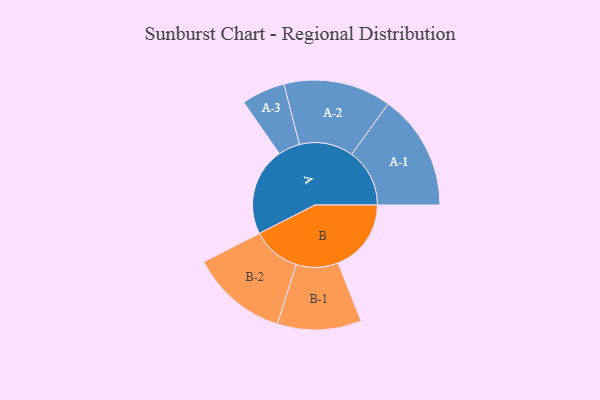
{"axis": {"x": "Segment", "y": "Value"}, "legend": ["", "A", "B"], "data": [{"x": "A", "y": 453, "type": ""}, {"x": "B", "y": 376, "type": ""}, {"x": "A-1", "y": 298, "type": "A"}, {"x": "A-2", "y": 277, "type": "A"}, {"x": "A-3", "y": 112, "type": "A"}, {"x": "B-1", "y": 216, "type": "B"}, {"x": "B-2", "y": 250, "type": "B"}]}